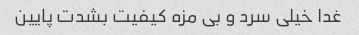
غدا خیلی سرد و بی مزه کیفیت بشدت پایین